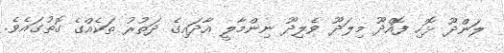
ލަންދޫ ޅޮހި ފޮއްދޫ މިލަދޫ ވެލިދޫ ނިންމާލީ އާދައިގެ ދަތުރު ތަކެއްގެ ގޮތުގައެވެ.